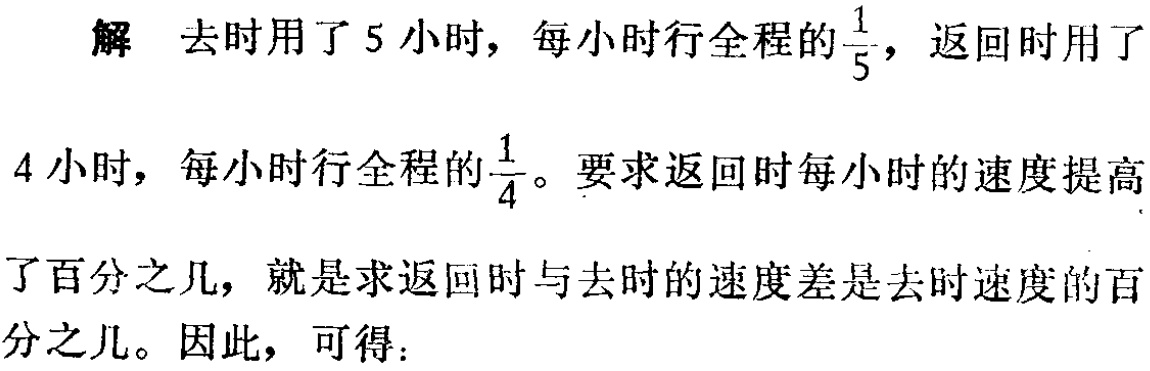
解 去时用了 5 小时，每小时行全程的$\frac{1}{5}$，返回时用了

4 小时，每小时行全程的$\frac{1}{4}$。要求返回时每小时的速度提高

了百分之几，就是求返回时与去时的速度差是去时速度的百

分之几。因此，可得：